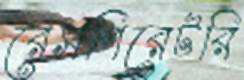
রেসপিরেটরি